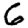
Digit: 6